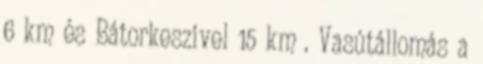
6 km és Bátorkeszivel 15 km . Vasútállomás a